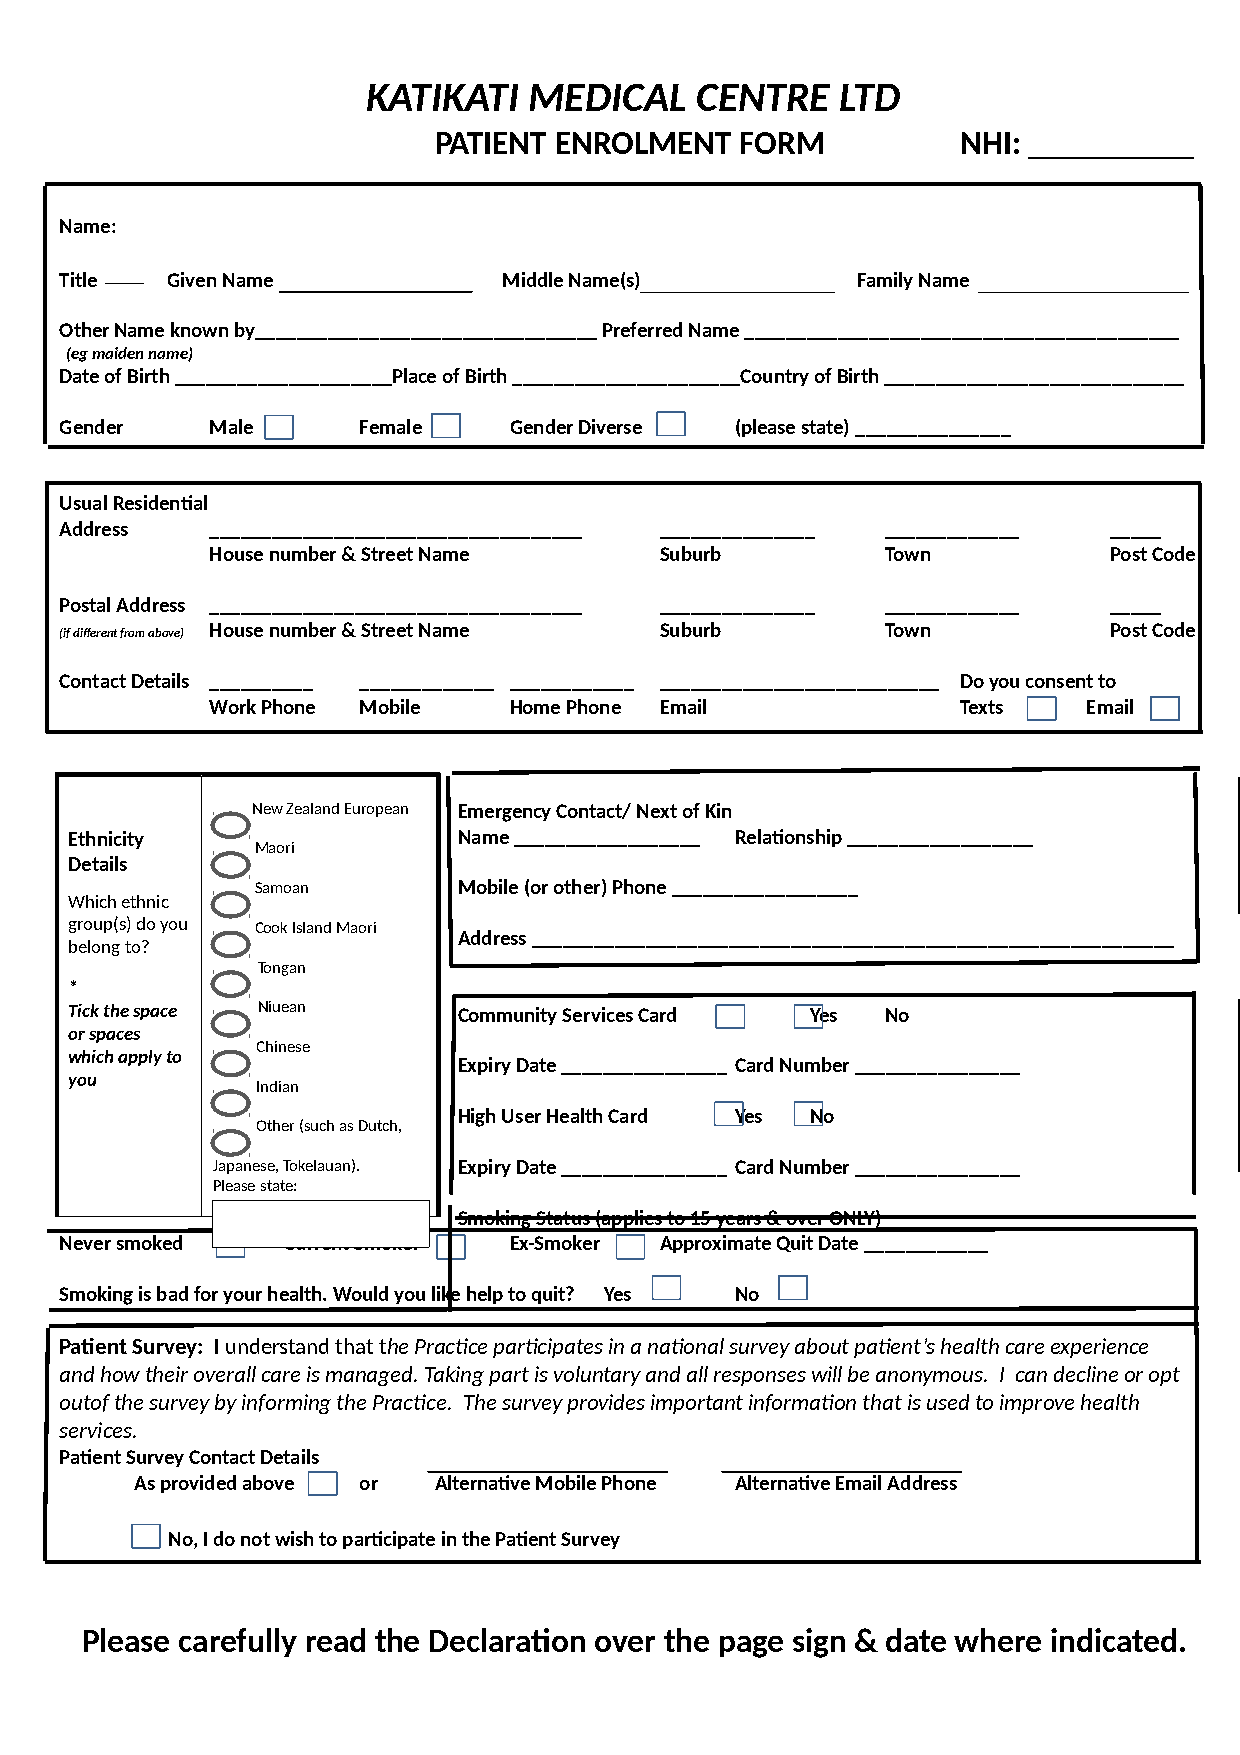
KATIKATI   MEDICAL    CENTRE    LTD
 PATIENT ENROLMENT   FORM           NHI: __________
 Name:
 Title  Given Name            Middle Name(s)          Family Name
 Other Name known by_________________________________ Preferred Name __________________________________________
 (eg maiden name)
 Date of Birth _____________________Place of Birth ______________________Country of Birth _____________________________
 Gender    Male      Female    Gender Diverse (please state) _______________
 Usual Residential
 Address   ____________________________________ _______________ _____________ _____
 House number & Street Name    Suburb         Town          Post Code
 Postal Address ____________________________________ _______________ _____________ _____
 (if different from above) House number & Street Name Suburb Town     Post Code
 Contact Details __________ _____________ ____________ ___________________________ Do you consent to
 Work Phone Mobile   Home Phone Email              Texts   Email
 New Zealand European Emergency Contact/ Next of Kin
 Ethnicity                Name __________________ Relationship __________________
 Maori
 Details
 Samoan       Mobile (or other) Phone __________________
 Which ethnic
 group(s) do you Cook Island Maori
 Address ______________________________________________________________
 belong to?
 Tongan
 *
 Tick the space Niuean    Community Services Card Yes  No
 or spaces
 Chinese
 which apply to
 Expiry Date ________________ Card Number ________________
 you
 Indian
 High User Health Card Yes No
 Other (such as Dutch,
 Japanese, Tokelauan). Expiry Date ________________ Card Number ________________
 Please state:
 Smoking Status (applies to 15 years & over ONLY)
 Never smoked   Current Smoker Ex-Smoker Approximate Quit Date ____________
 Smoking is bad for your health. Would you like help to quit? Yes No
 Patient Survey: I understand that the Practice participates in a national survey about patient’s health care experience
 and how their overall care is managed. Taking part is voluntary and all responses will be anonymous. I can decline or opt
 outof the survey by informing the Practice. The survey provides important information that is used to improve health
 services.
 Patient Survey Contact Details
 As provided above or Alternative Mobile Phone Alternative Email Address
 No, I do not wish to participate in the Patient Survey
 Please carefully read the Declaration over the page sign & date where indicated.